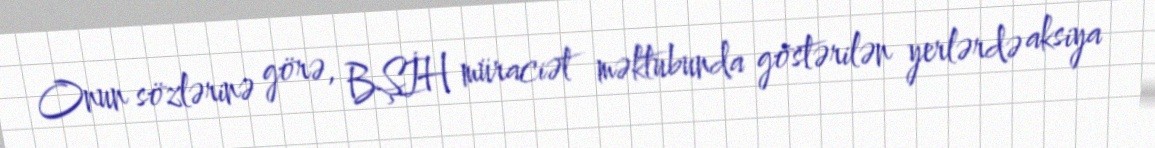
Onun sözlərinə görə, BŞİH müraciət məktubunda göstərilən yerlərdə aksiya